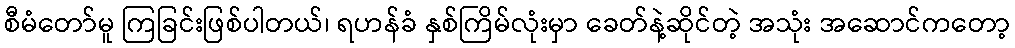
စီမံတော်မူ ကြခြင်းဖြစ်ပါတယ်၊ ရဟန်ခံ နှစ်ကြိမ်လုံးမှာ ခေတ်နဲ့ဆိုင်တဲ့ အသုံး အဆောင်ကတော့